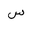
Letter: _sin